65_HS1-834228961_62-HQ-83894_Section_3
Agency: FBI
Page 77
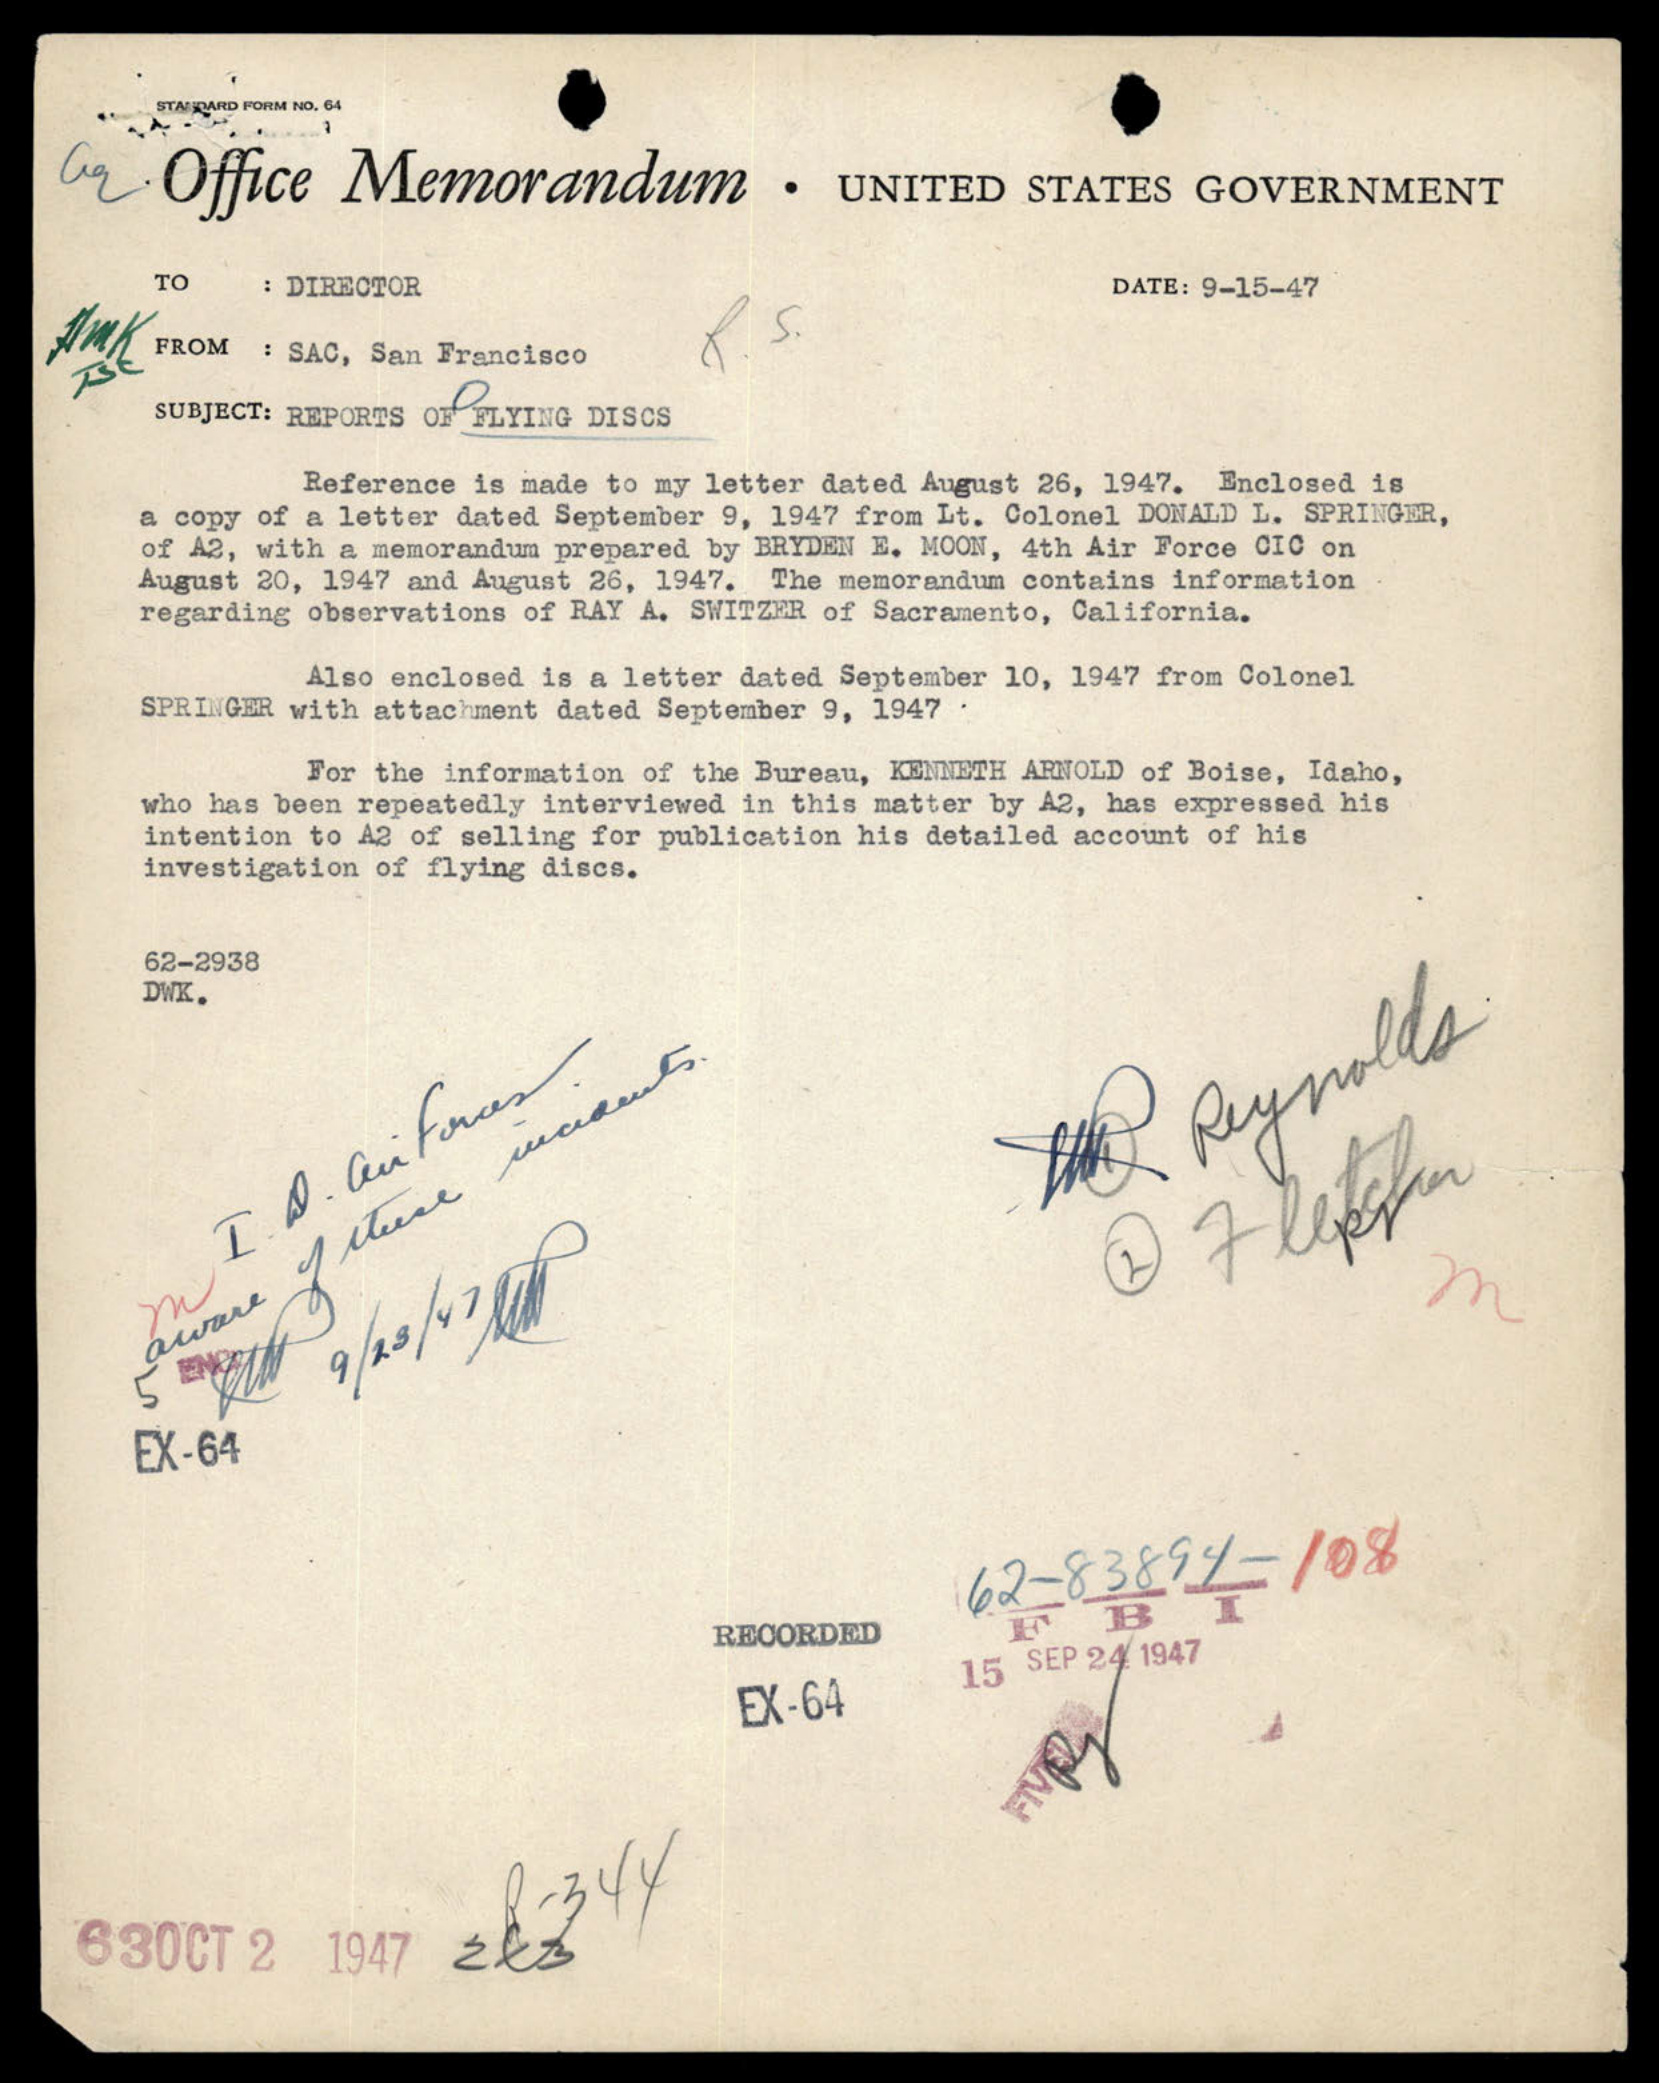